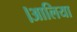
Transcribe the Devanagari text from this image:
।आलिया